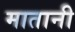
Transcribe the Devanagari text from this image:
मातानी